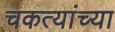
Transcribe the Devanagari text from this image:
चकत्यांच्या